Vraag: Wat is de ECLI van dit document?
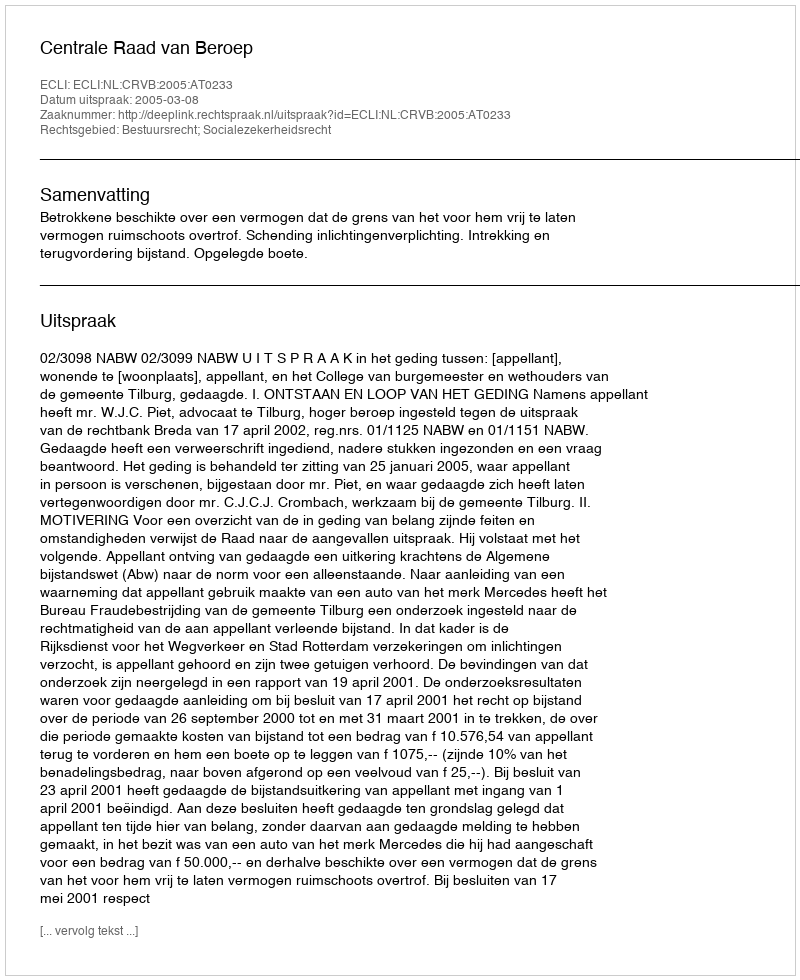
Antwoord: ECLI:NL:CRVB:2005:AT0233